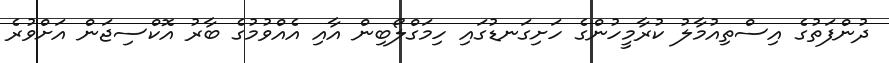
ދުންފަތުގެ އިސްތިއުމާލު ކުރާމީހުންގެ ހަށިގަނޑުގައި ހިމަގްލޯބިން އާއި އެއްވުމުގެ ބާރު އޮކްސިޖަން އަށްވުރެ